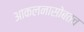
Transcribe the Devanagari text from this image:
आकलनासोबतच